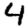
Digit: 4